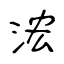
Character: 浤